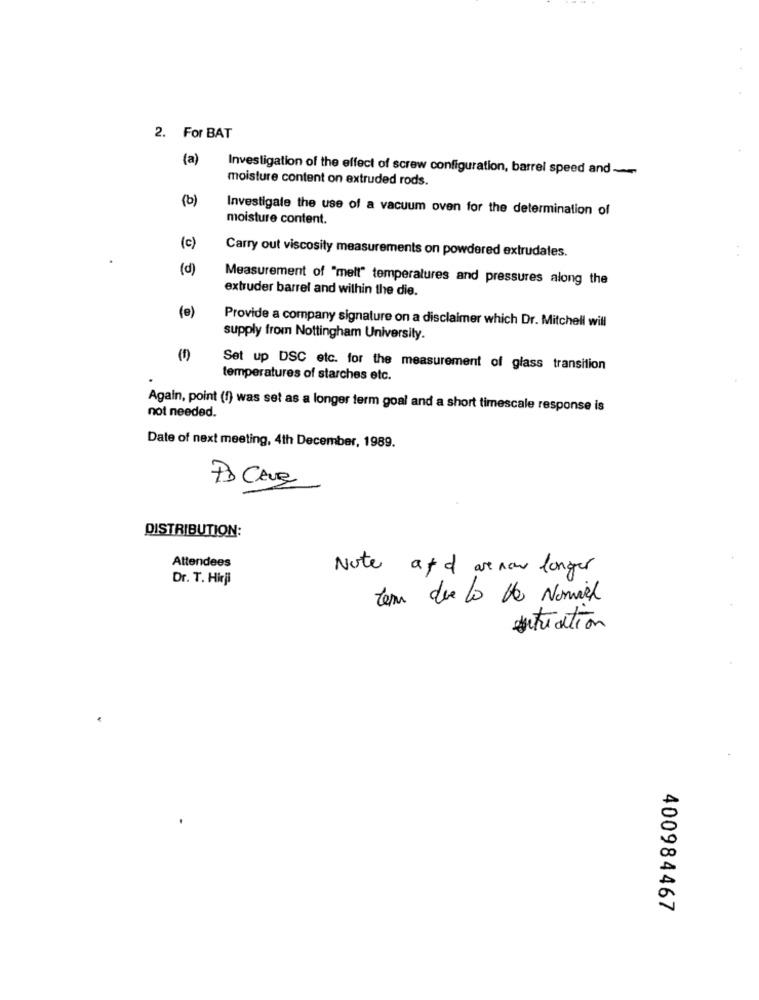
2. For BAT
(a)
Investigation of the effect of screw configuration, barrel speed and~
moisture content on extruded rods.
(b)
Investigale the use of a vacuum oven for the determination of
moisture content.
(c)
Carry out viscosity measurements on powdered extrudates.
(d)
Measurement of "mell" temperatures and pressures along the
extruder barrel and within the die.
(e)
Provide a company signature on a disclaimer which Dr. Mitchell will
supply from Nottingham University.
Set up DSC etc. for the measurement of glass transition
temperatures of starches etc.
not needed.
Again, point (f) was set as a longer term goal and a short timescale response is
Date of next meeting, 4th December, 1989.
PD CAUR
DISTRIBUTION:
Attendees
Note atd are now longer
Dr. T. Hirji
tem de la Ve Nomier
situation
400984467